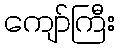
ကျော်ကြီး